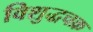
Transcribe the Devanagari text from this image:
विशुद्धचक्र